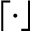
\lceil \cdot \rfloor